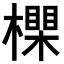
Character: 𣝇